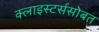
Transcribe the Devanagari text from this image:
क्लाइस्टर्ससोबत